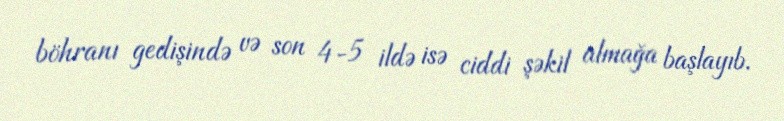
böhranı gedişində və son 4-5 ildə isə ciddi şəkil almağa başlayıb.